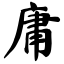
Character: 庸